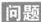
问题